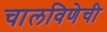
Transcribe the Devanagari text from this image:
चालविणेची